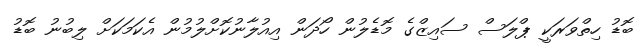
ބޮޑު ހިތްވަރަކީ ޕްލަސް ސައިޒްގެ މޮޑެލުން ހޯދަން އިއުލާނުކޮށްލުމުން އެކަމަކަށް ލިބުނު ބޮޑު